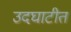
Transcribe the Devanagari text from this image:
उदघाटीत